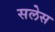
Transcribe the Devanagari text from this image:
सलेस